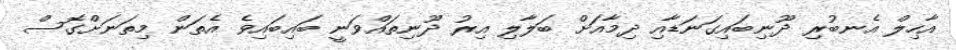
އާހިލް އެނބުރި ދޫނިބައިގަނަޑާއި ދިމާއަށް ބަލާލި އިރު ދޫނިތައްވަނީ ބައިބައިވެ އެތަން މިތަނަށްގޮސް